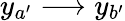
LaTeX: y_{a^{\prime}}\longrightarrow y_{b^{\prime}}